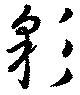
彩